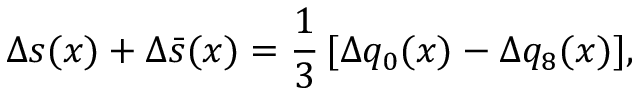
\Delta s ( x ) + \Delta \bar { s } ( x ) = \frac { 1 } { 3 } \, [ \Delta q _ { 0 } ( x ) - \Delta q _ { 8 } ( x ) ] ,